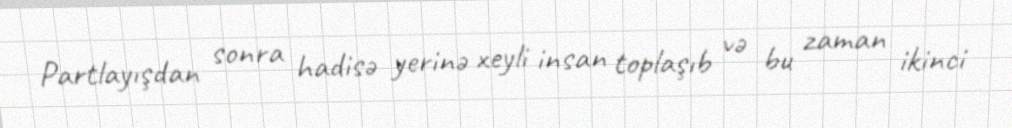
Partlayışdan sonra hadisə yerinə xeyli insan toplaşıb və bu zaman ikinci